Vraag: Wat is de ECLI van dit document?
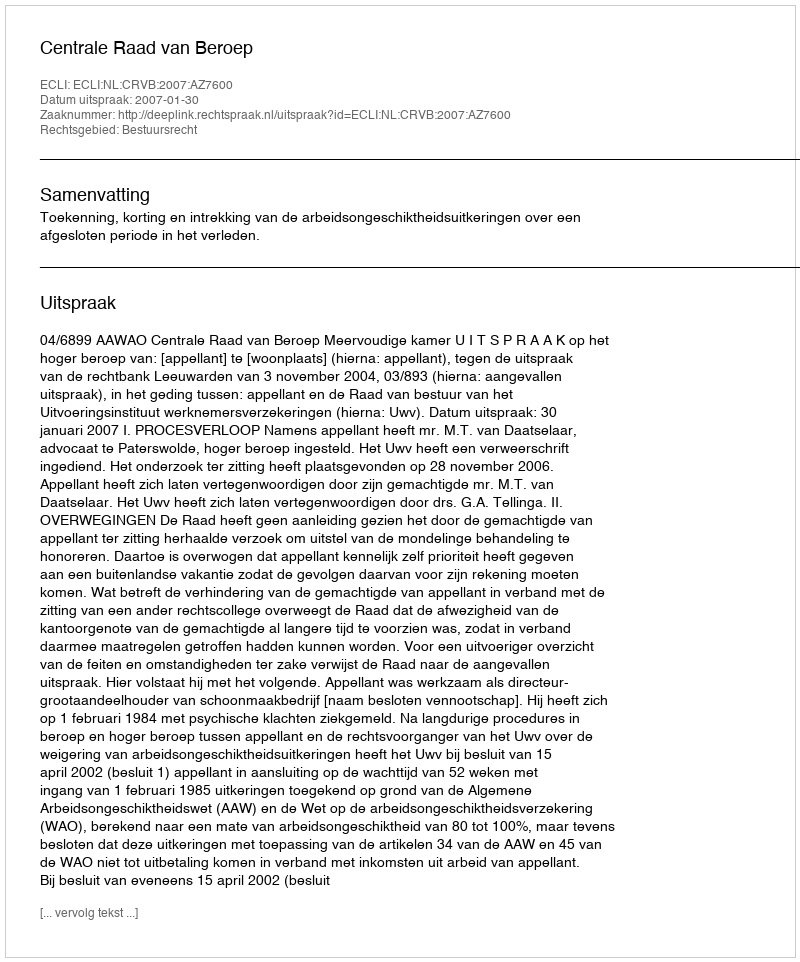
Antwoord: ECLI:NL:CRVB:2007:AZ7600